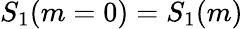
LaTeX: S_{1}(m=0)=S_{1}(m)